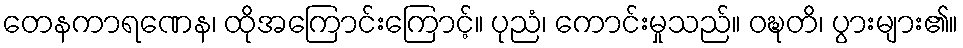
တေနကာရဏေန၊ ထိုအကြောင်းကြောင့်။ ပုညံ၊ ကောင်းမှုသည်။ ဝဍ္ဎတိ၊ ပွားများ၏။